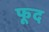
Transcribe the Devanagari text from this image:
फूद